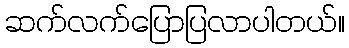
ဆက်လက်ပြောပြလာပါတယ်။